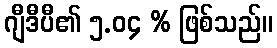
ဂျီဒီပီ၏ ၅.၀၄ % ဖြစ်သည်။